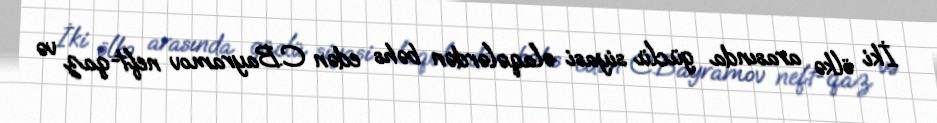
İki ölkə arasında güclü siyasi əlaqələrdən bəhs edən C.Bayramov neft-qaz və